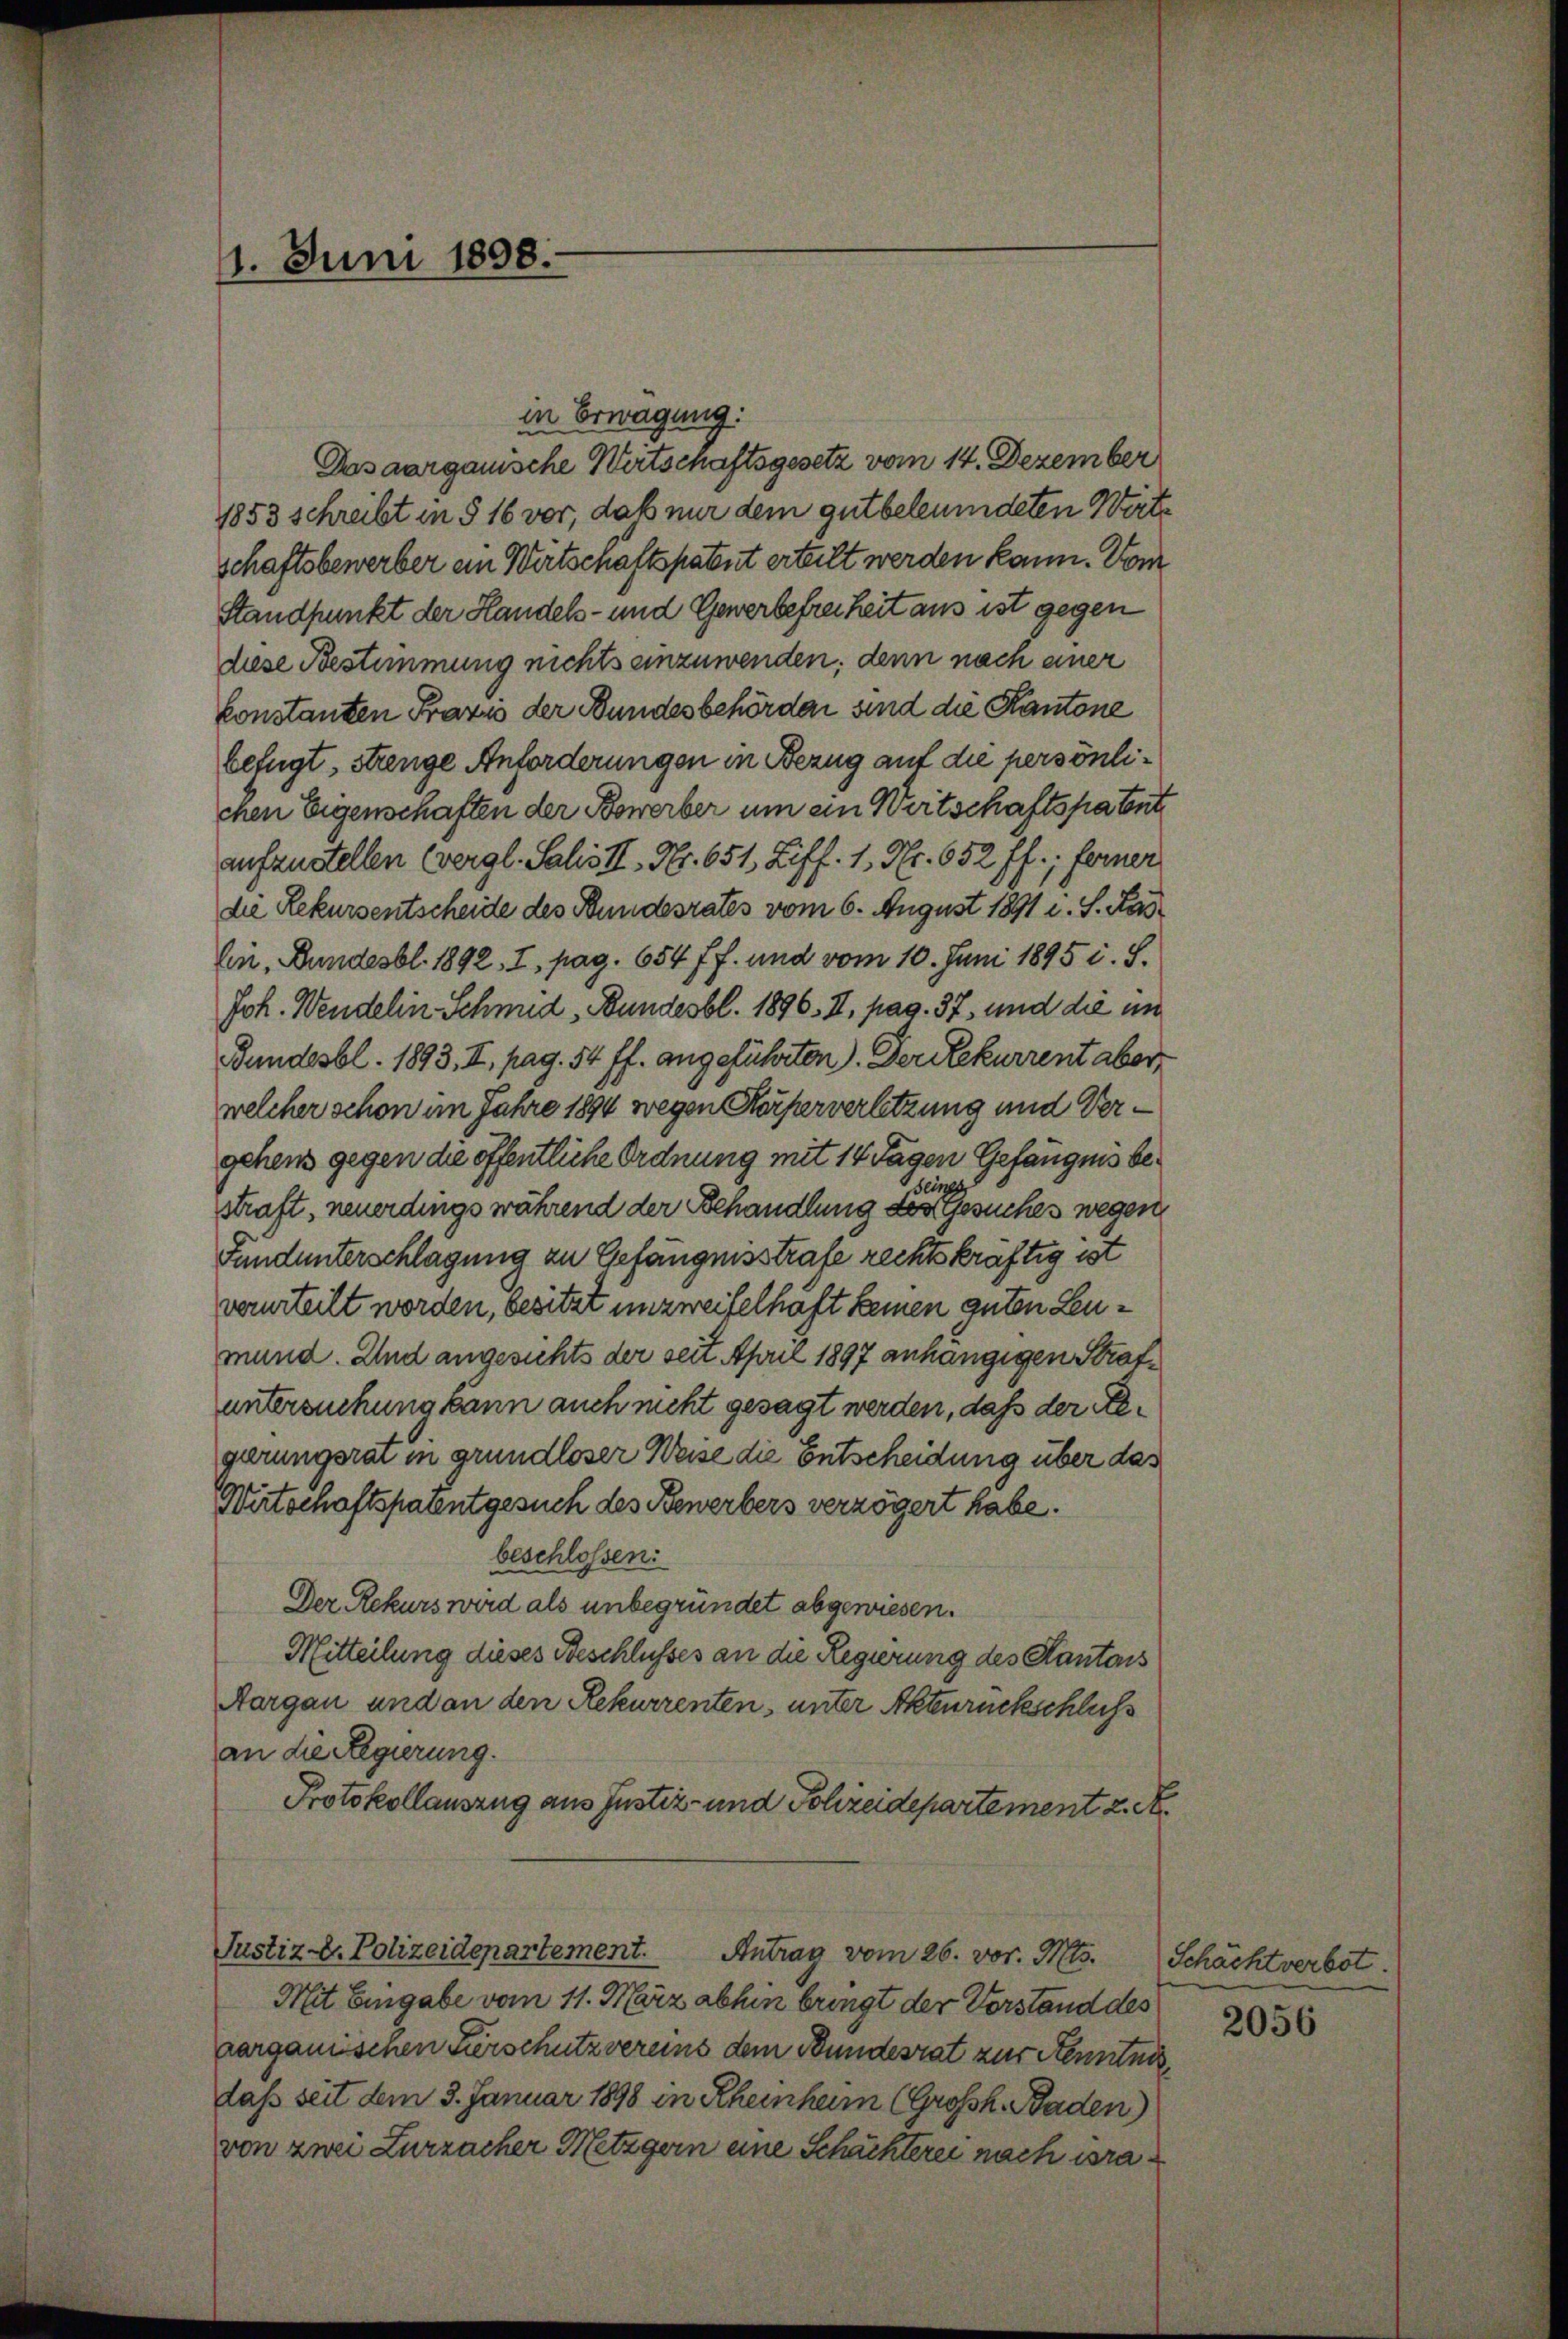
1. Juni 1898.

in Erwägung:
Das aargauische Wirtschaftsgesetz vom 14. Dezember
1853 schreibt in § 16 vor, daß nur dem gutbeleumdeten Werte
schaftsbewerber ein Wirtschaftspatent erteilt werden kann. Vom
Standpunkt der Handels- und Gewerbefreiheit aus ist gegen
diese Bestimmung nichts einzuwenden; denn nach einer
Constanten Praxis der Bundesbehörden sind die Kantone
befugt, strenge Anforderungen in Bezug auf die persönlichen Eigenschaften der Bewerber um ein Wertschaftspatent
aufzustellen (vergl. Salis II, Nr. 651, Ziff. 1, Nr. 652 ff.; ferner
die Rekursentscheide des Bundesrates vom 6. August 1891 c. S. Kaslin, Bundesbl. 1892, I, pag. 654 ff. und vom 10. Juni 1895 i. S.
Joh. Wendelin Schmid, Bundesbl. 1896. II. pag. 37, und die im
Bundesbl. 1893, II., pag. 54 ff. angeführten. Der Rekurrent aber
welcher schon im Jahre 1894 wegen Körperverletzung und Vergehens gegen die öffentliche Ordnung mit 14 Tagen Gefängnis beseines
straft, neuerdings während der Behandlung des Gesuches wegen
Fundunterschlagung zu Gefängnisstrafe rechtskräftig ist
verurteilt worden, besitzt unzweifelhaft keinen guten Leumund. Und angesichts der seit April 1897 anhängigen Strafuntersuchung kann auch nicht gesagt werden, daß der Regerungsrat in grundloser Weise die Entscheidung über das
Wirtschaftspatentgesuch des Bewerbers verzögert habe.
beschlossen:
Der Rekurs wird als unbegründet abgewiesen.
Mitteilung dieses Beschlusses an die Regierung des Kantons
Aargau und an den Rekurrenten, unter Aktenrückschluss
an die Regierung.
Protokollauszug aus Justiz- und Polizeidepartement 2. A.
Justiz u. Polizeidepartement. Antrag vom 26. vor. Mts. Schächtverbot.
Mit Eingabe vom 11. März abhin bringt der Vorstand des
aarganischen Verschutzvereins dem Bundesrat zur Kenntnis
daß seit dem 3. Januar 1898 in Rheinheim (Großh. Baden)
von zwei Zurzacher Metzgern eine Schächterei nach era

2056